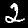
Digit: 2